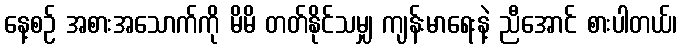
နေ့စဉ် အစားအသောက်ကို မိမိ တတ်နိုင်သမျှ ကျန်းမာရေးနဲ့ ညီအောင် စားပါတယ်၊